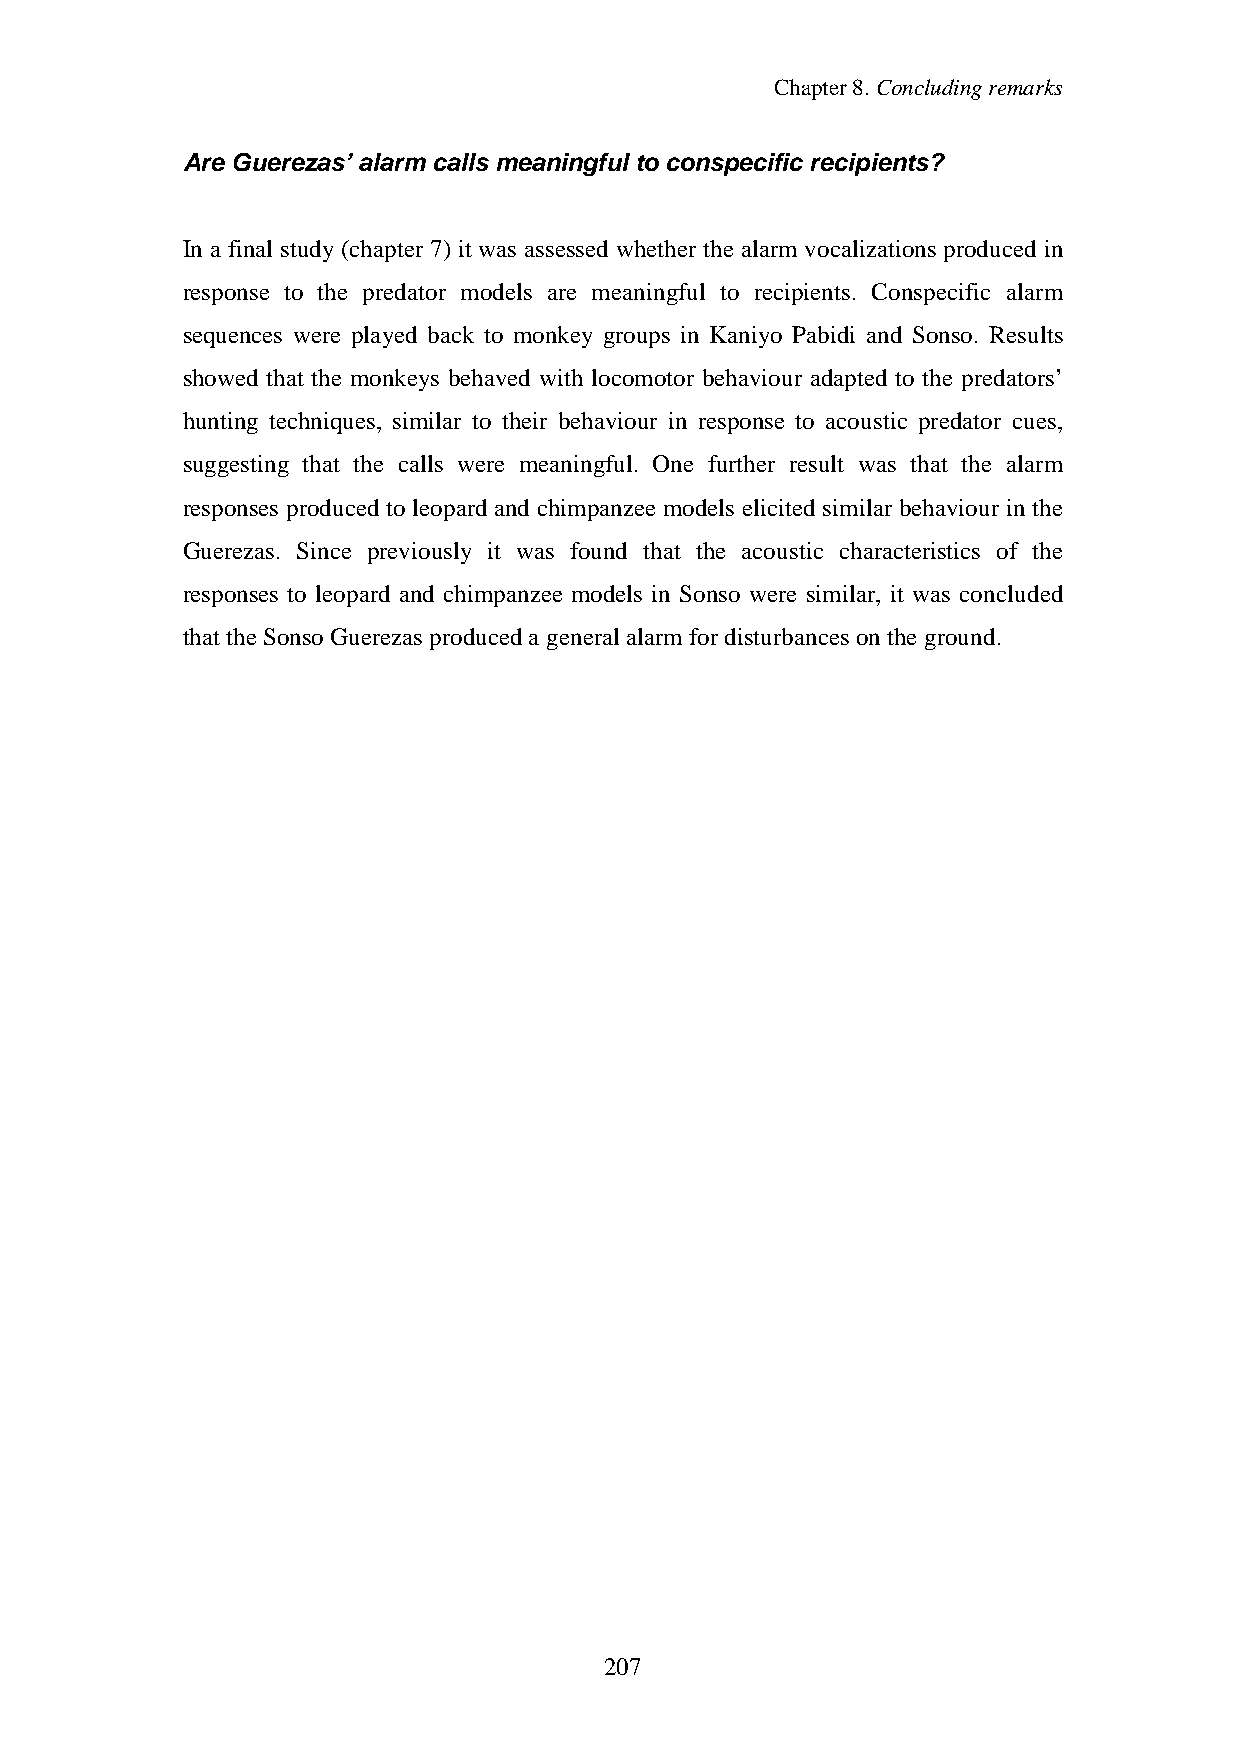
Chapter8.Concludingremarks
 Are Guerezas’ alarm calls meaningful to conspecific recipients?
 In a final study(chapter 7) it was assessed whether the alarm vocalizations produced in
 response to the predator models are meaningful to recipients. Conspecific alarm
 sequences were played back to monkey groups in Kaniyo Pabidi and Sonso. Results
 showed that the monkeys behaved with locomotor behaviour adapted to the predators’
 hunting techniques, similar to their behaviour in response to acoustic predator cues,
 suggesting that the calls were meaningful. One further result was that the alarm
 responses produced to leopard and chimpanzee models elicited similar behaviour in the
 Guerezas. Since previously it was found that the acoustic characteristics of the
 responses to leopard and chimpanzee models in Sonso were similar, it was concluded
 that theSonso Guerezas produceda general alarm fordisturbances onthe ground.
 207